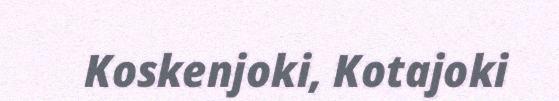
Koskenjoki, Kotajoki